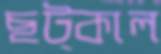
ছট্‌কাল